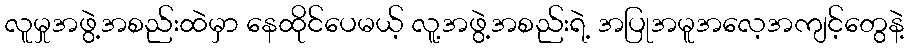
လူမှုအဖွဲ့အစည်းထဲမှာ နေထိုင်ပေမယ့် လူ့အဖွဲ့အစည်းရဲ့ အပြုအမူအလေ့အကျင့်တွေနဲ့